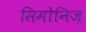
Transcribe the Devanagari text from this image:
सिमोनिज़